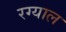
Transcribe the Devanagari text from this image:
रग्याल